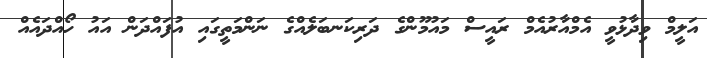
އަލީމް ވިދާޅުވީ އެމްއާރުއެމް ރައީސް މައުމޫންގެ ދަރިކަނބަލެއްގެ ނަންމަތީގައި އުފައްދަން އައު ހޯއްދައެއް